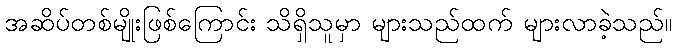
အဆိပ်တစ်မျိုးဖြစ်ကြောင်း သိရှိသူမှာ များသည်ထက် များလာခဲ့သည်။